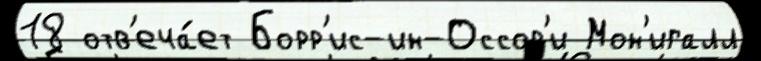
18 отв'еча́ет Борр'ис-ин-Оссор'и Мон'игалл